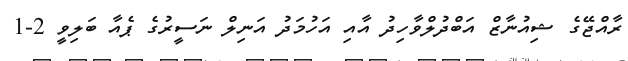
ރާއްޖޭގެ ޝިއުނާޒް އަބްދުލްވާހިދު އާއި އަހުމަދު އަނިލް ނަސީރުގެ ޕެއާ ބަލިވީ 2-1